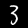
Digit: 3